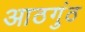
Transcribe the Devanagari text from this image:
आठगुंठ